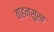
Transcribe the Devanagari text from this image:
वाहनसुख